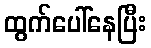
ထွက်ပေါ်နေပြီး